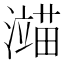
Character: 𬉙